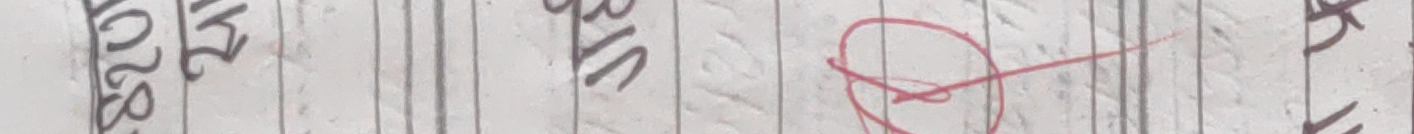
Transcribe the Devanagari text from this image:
२० भित्ति सर्वे कच